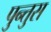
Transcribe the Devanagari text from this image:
पुन्तुस